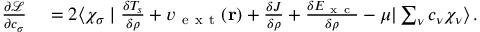
\begin{array} { r l } { \frac { \partial \mathcal { L } } { \partial c _ { \sigma } } } & { { } = 2 \langle \chi _ { \sigma } \mid \frac { \delta T _ { s } } { \delta \rho } + v _ { \mathrm { ~ e ~ x ~ t ~ } } ( \mathbf { r } ) + \frac { \delta J } { \delta \rho } + \frac { \delta E _ { \mathrm { ~ x ~ c ~ } } } { \delta \rho } - \mu | \sum _ { \nu } c _ { \nu } \chi _ { \nu } \rangle \, . } \end{array}